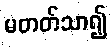
မတတ်သာ၍